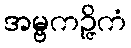
အမ္ဗကဉ္ဇိကံ